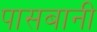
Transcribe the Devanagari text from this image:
पासबानी